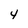
Character: 4